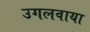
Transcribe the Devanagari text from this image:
उगलवाया